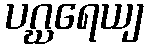
ပဂ္ဃရေယျ